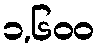
၁,၆၀၀